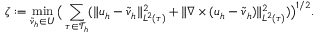
\zeta : = \operatorname* { m i n } _ { \tilde { \boldsymbol { v } } _ { h } \in \boldsymbol { U } } \big ( \sum _ { \tau \in \mathcal { T } _ { h } } ( \| \boldsymbol { u } _ { h } - \tilde { \boldsymbol { v } } _ { h } \| _ { { L } ^ { 2 } ( \tau ) } ^ { 2 } + \| \nabla \times ( \boldsymbol { u } _ { h } - \tilde { \boldsymbol { v } } _ { h } ) \| _ { { L } ^ { 2 } ( \tau ) } ^ { 2 } ) \big ) ^ { 1 / 2 } .